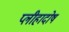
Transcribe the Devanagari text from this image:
प्लीहादोष